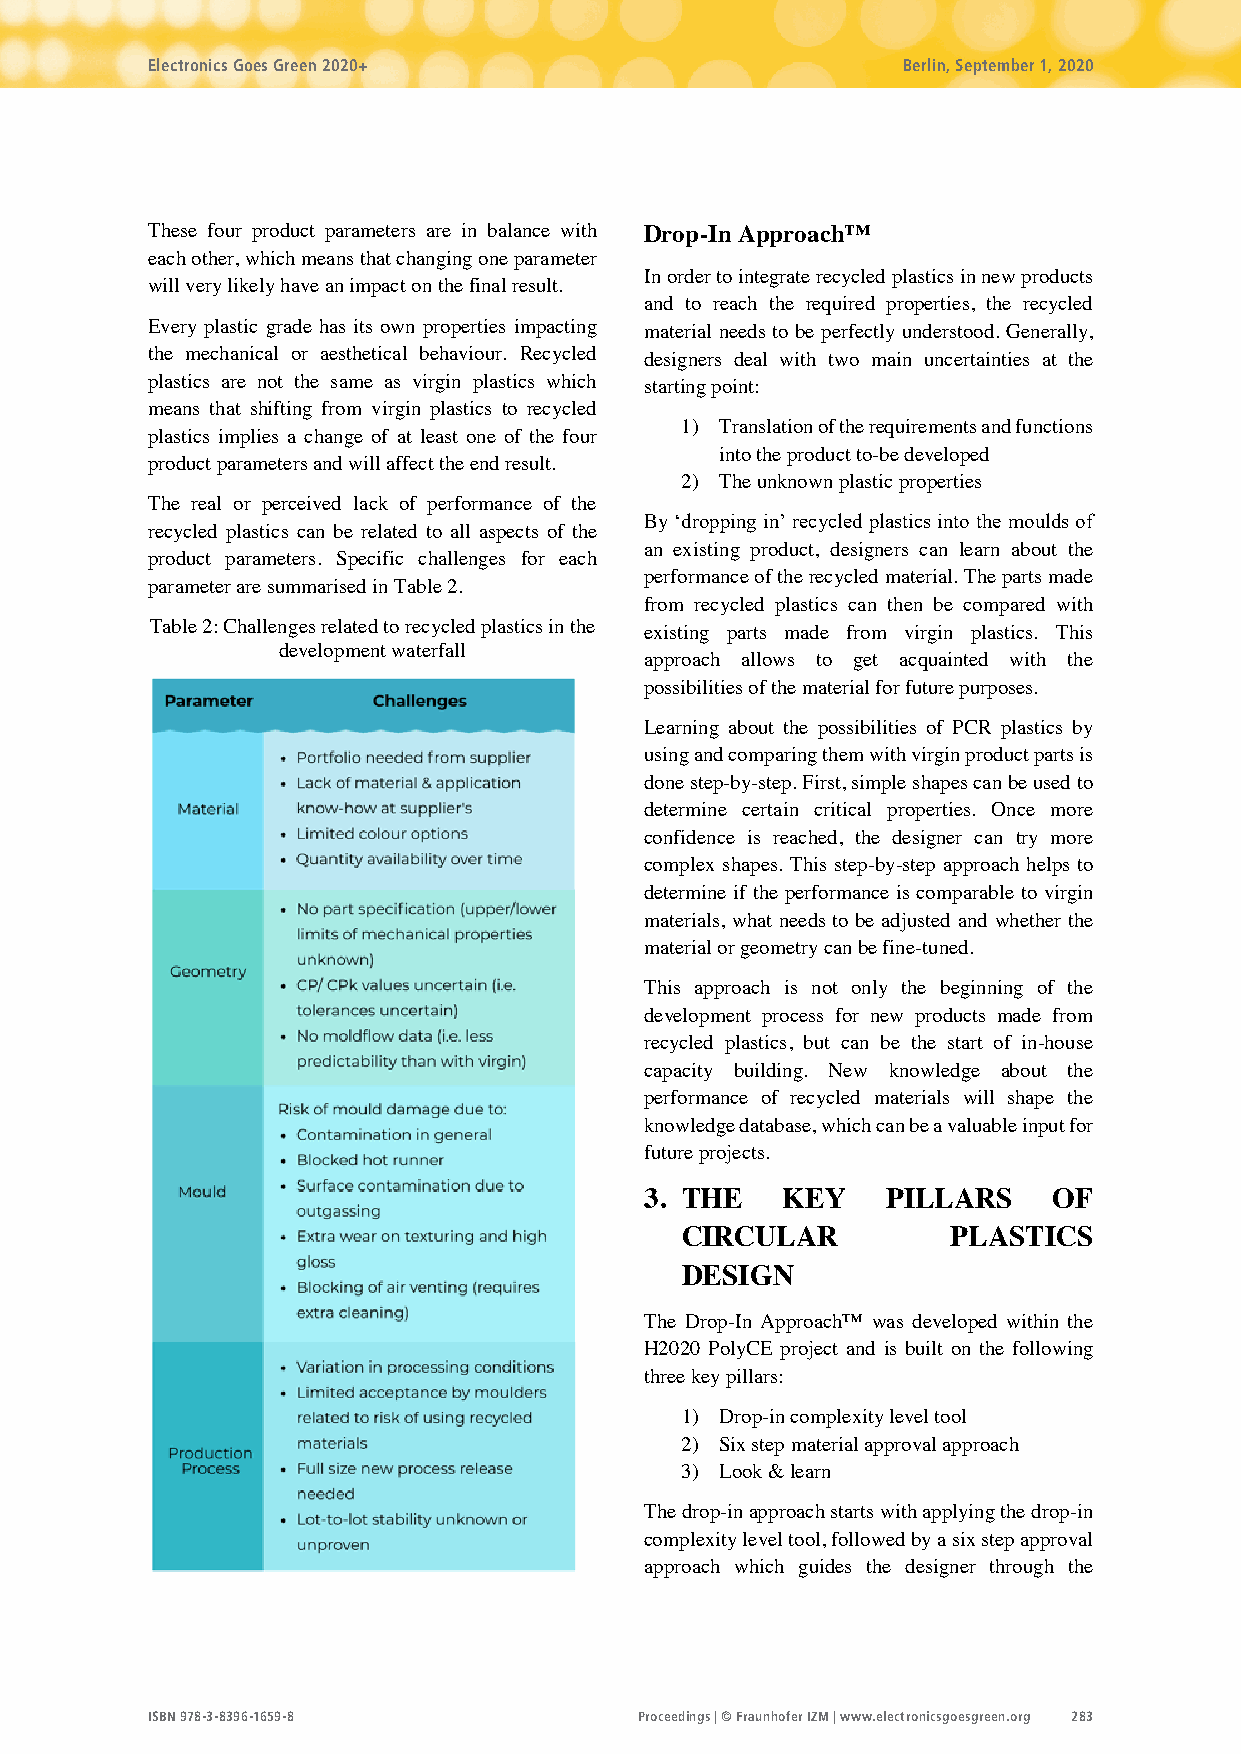
Electronics Goes Green 2020+                      Berlin, September 1, 2020
 These four product parameters are in balance with Drop-In Approach™
 each other, which means that changing one parameter
 In order to integrate recycled plastics in new products
 will very likely have an impact on the final result.
 and to reach the required properties, the recycled
 Every plastic grade has its own properties impacting material needs to be perfectly understood. Generally,
 the mechanical or aesthetical behaviour. Recycled designers deal with two main uncertainties at the
 plastics are not the same as virgin plastics which starting point:
 means that shifting from virgin plastics to recycled
 1) Translation of the requirements and functions
 plastics implies a change of at least one of the four
 into the product to-be developed
 product parameters and will affect the end result.
 2) The unknown plastic properties
 The real or perceived lack of performance of the
 By ‘dropping in’ recycled plastics into the moulds of
 recycled plastics can be related to all aspects of the
 an existing product, designers can learn about the
 product parameters. Specific challenges for each
 performance of the recycled material. The parts made
 parameter are summarised in Table 2.
 from recycled plastics can then be compared with
 Table 2: Challenges related to recycled plastics in the existing parts made from virgin plastics. This
 development waterfall
 approach allows to get acquainted with the
 possibilities of the material for future purposes.
 Learning about the possibilities of PCR plastics by
 using and comparing them with virgin product parts is
 done step-by-step. First, simple shapes can be used to
 determine certain critical properties. Once more
 confidence is reached, the designer can try more
 complex shapes. This step-by-step approach helps to
 determine if the performance is comparable to virgin
 materials, what needs to be adjusted and whether the
 material or geometry can be fine-tuned.
 This approach is not only the beginning of the
 development process for new products made from
 recycled plastics, but can be the start of in-house
 capacity building. New knowledge about the
 performance of recycled materials will shape the
 knowledge database, which can be a valuable input for
 future projects.
 3. THE   KEY    PILLARS    OF
 CIRCULAR          PLASTICS
 DESIGN
 The Drop-In Approach™ was developed within the
 H2020 PolyCE project and is built on the following
 three key pillars:
 1) Drop-in complexity level tool
 2) Six step material approval approach
 3) Look & learn
 The drop-in approach starts with applying the drop-in
 complexity level tool, followed by a six step approval
 approach which guides the designer through the
 ISBN 978-3-8396-1659-8          Proceedings | © Fraunhofer IZM | www.electronicsgoesgreen.org 283